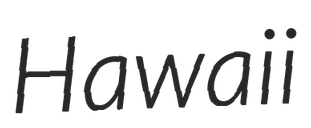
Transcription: Hawaii